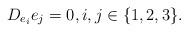
LaTeX: \begin{align*} D_{e_i}e_j=0, i,j \in \{1,2,3\}.\end{align*}